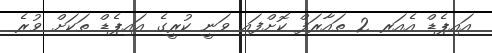
އައިޕެޑް އެއަރ 2 ތައާރަފް ކޮށްފައި ވަނީ ކުރީގެ އައިޕެޑް ތަކަށް ވުރެ